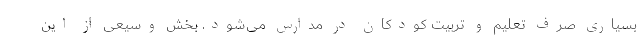
بسیاری صرف تعلیم و تربیت کودکان در مدارس می‌شود. بخش وسیعی از این